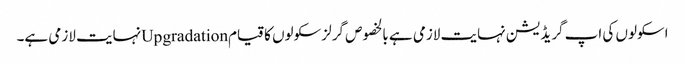
اسکولوں کی اپ گریڈیشن نہایت لازمی ہے بالخصوص گرلز سکولوں کا قیامUpgradationنہایت لازمی ہے۔